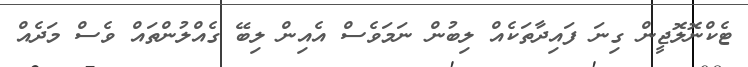
ޓެކްނޮލޮޖީން ގިނަ ފައިދާތަކެއް ލިބުން ނަމަވެސް އެއިން ލިބޭ ގެއްލުންތައް ވެސް މަދެއް